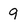
Character: 9